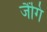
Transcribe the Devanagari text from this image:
जैंगि